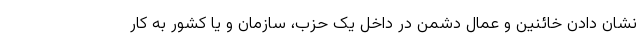
نشان دادن خائنین و عمال دشمن در داخل یک حزب، سازمان و یا کشور به کار